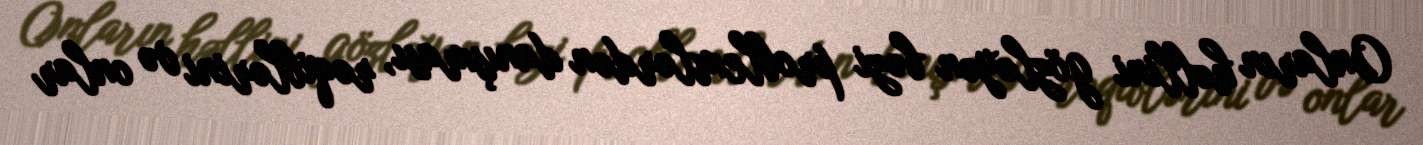
Onların həllini gözləyən bəzi problemlərdən danışması, rəqiblərini və onlar